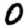
Digit: 0